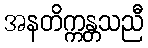
အနတိက္ကန္တသညီ